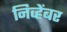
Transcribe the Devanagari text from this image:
निव्हेंबर